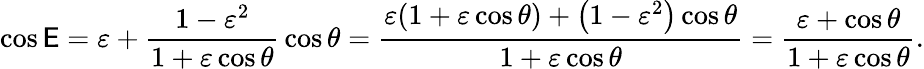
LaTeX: \cos\mathsf{E}=\varepsilon+{\frac{{1-\varepsilon^{2}}}{{1+\varepsilon\cos\theta}}}\cos\theta={\frac{{\varepsilon(1+\varepsilon\cos\theta)+\left(1-\varepsilon^{2}\right)\cos\theta}}{{1+\varepsilon\cos\theta}}}={\frac{{\varepsilon+\cos\theta}}{{1+\varepsilon\cos\theta}}}.